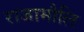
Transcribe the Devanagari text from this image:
राजामौलि